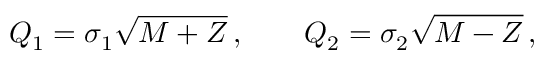
Q _ { 1 } = \sigma _ { 1 } \sqrt { M + { \cal Z } } \, , \qquad Q _ { 2 } = \sigma _ { 2 } \sqrt { M - { \cal Z } } \, ,